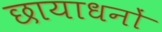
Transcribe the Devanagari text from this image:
छायाधनों